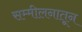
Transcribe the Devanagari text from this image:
सम्मीलनातून